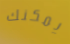
يمكنك